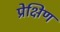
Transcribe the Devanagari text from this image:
प्रेक्षिण